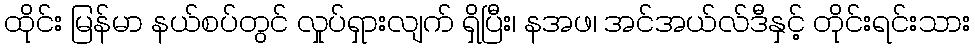
ထိုင်း မြန်မာ နယ်စပ်တွင် လှုပ်ရှားလျက် ရှိပြီး၊ နအဖ၊ အင်အယ်လ်ဒီနှင့် တိုင်းရင်းသား